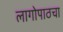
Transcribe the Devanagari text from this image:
लागोपाठचा